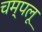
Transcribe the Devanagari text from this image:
चम्पलू